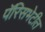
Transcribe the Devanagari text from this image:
पॅरिसभेटीत